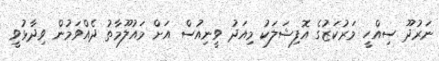
ނަރުދޫ ސިއްހީ މަރުކަޒުގެ އޮފިޝަލަކު މިއަދު ވީނިއުސް އަށް މައުލޫމާތު ދެއްވަމުން ވިދާޅުވީ